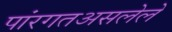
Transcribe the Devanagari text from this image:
पांरगतअसलेले